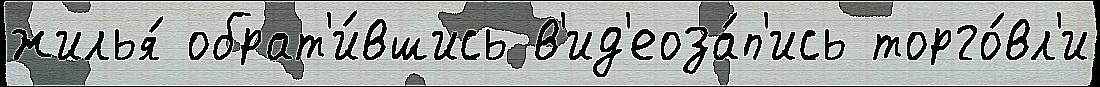
жилья́ обрат'и́вшись в'ид'еоза́п'ись торго́вл'и